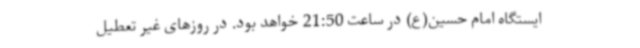
ایستگاه امام حسین(ع) در ساعت 21:50 خواهد بود. در روزهای غیر تعطیل